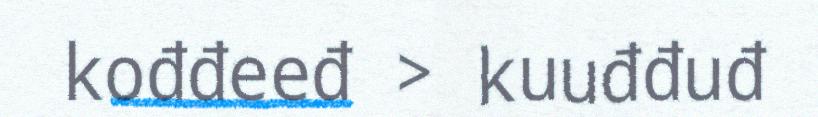
kođđeeđ > kuuđđuđ